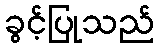
ခွင့်ပြုသည်